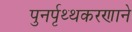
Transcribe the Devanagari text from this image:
पुनर्पृथ्थकरणाने